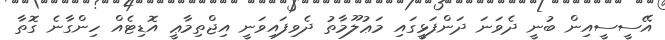
އޭސީސީއިން ބުނީ ދެވަނަ ދަންފަޅީގައި މަޢުލޫމާތު ދެވިފައިވަނީ އިޖްތިމާޢީ އޮޑިޓެއް ހިންގާނެ ގޮތާ